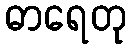
ဓာရေတု